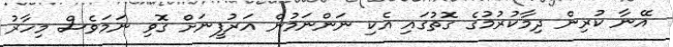
އޭނާ ކުރިން ދިމާކުރުމުގެ ގޮތުގައި އެކި ނަންނަމުން އަރުފީނަށް ގޮވި ނަމަވެސް މިހާރު